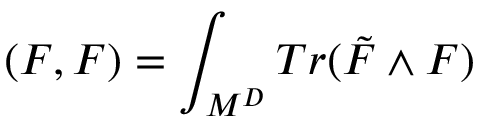
( F , F ) = \int _ { M ^ { D } } T r ( \tilde { F } \wedge F )